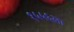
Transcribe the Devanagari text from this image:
१५५६ला